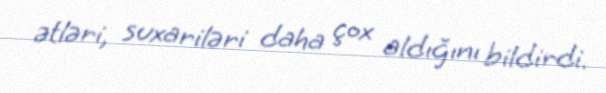
ətləri, suxariləri daha çox aldığını bildirdi.